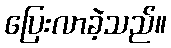
ပြေးလာခဲ့သည်။